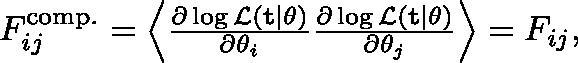
\begin{array} { r } { F _ { i j } ^ { \mathrm { c o m p . } } = \left< \frac { \partial \log \mathcal { L } ( \mathbf { t } | \mathbf { \theta } ) } { \partial \theta _ { i } } \frac { \partial \log \mathcal { L } ( \mathbf { t } | \mathbf { \theta } ) } { \partial \theta _ { j } } \right> = F _ { i j } , } \end{array}